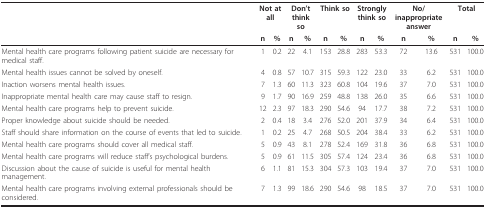
<table><thead><tr><td></td><td colspan="2"><b>Not at all</b></td><td colspan="2"><b>Don&#x27;t think so</b></td><td colspan="2"><b>Think so</b></td><td colspan="2"><b>Strongly think so</b></td><td colspan="2"><b>No/inappropriate answer</b></td><td colspan="2"><b>Total</b></td></tr><tr><td></td><td><b>n</b></td><td><b>%</b></td><td><b>n</b></td><td><b>%</b></td><td><b>n</b></td><td><b>%</b></td><td><b>n</b></td><td><b>%</b></td><td><b>n</b></td><td><b>%</b></td><td><b>n</b></td><td><b>%</b></td></tr></thead><tbody><tr><td>Mental health care programs following patient suicide are necessary for medical staff.</td><td>1</td><td>0.2</td><td>22</td><td>4.1</td><td>153</td><td>28.8</td><td>283</td><td>53.3</td><td>72</td><td>13.6</td><td>531</td><td>100.0</td></tr><tr><td>Mental health issues cannot be solved by oneself.</td><td>4</td><td>0.8</td><td>57</td><td>10.7</td><td>315</td><td>59.3</td><td>122</td><td>23.0</td><td>33</td><td>6.2</td><td>531</td><td>100.0</td></tr><tr><td>Inaction worsens mental health issues.</td><td>7</td><td>1.3</td><td>60</td><td>11.3</td><td>323</td><td>60.8</td><td>104</td><td>19.6</td><td>37</td><td>7.0</td><td>531</td><td>100.0</td></tr><tr><td>Inappropriate mental health care may cause staff to resign.</td><td>9</td><td>1.7</td><td>90</td><td>16.9</td><td>259</td><td>48.8</td><td>138</td><td>26.0</td><td>35</td><td>6.6</td><td>531</td><td>100.0</td></tr><tr><td>Mental health care programs help to prevent suicide.</td><td>12</td><td>2.3</td><td>97</td><td>18.3</td><td>290</td><td>54.6</td><td>94</td><td>17.7</td><td>38</td><td>7.2</td><td>531</td><td>100.0</td></tr><tr><td>Proper knowledge about suicide should be needed.</td><td>2</td><td>0.4</td><td>18</td><td>3.4</td><td>276</td><td>52.0</td><td>201</td><td>37.9</td><td>34</td><td>6.4</td><td>531</td><td>100.0</td></tr><tr><td>Staff should share information on the course of events that led to suicide.</td><td>1</td><td>0.2</td><td>25</td><td>4.7</td><td>268</td><td>50.5</td><td>204</td><td>38.4</td><td>33</td><td>6.2</td><td>531</td><td>100.0</td></tr><tr><td>Mental health care programs should cover all medical staff.</td><td>5</td><td>0.9</td><td>43</td><td>8.1</td><td>278</td><td>52.4</td><td>169</td><td>31.8</td><td>36</td><td>6.8</td><td>531</td><td>100.0</td></tr><tr><td>Mental health care programs will reduce staff&#x27;s psychological burdens.</td><td>5</td><td>0.9</td><td>61</td><td>11.5</td><td>305</td><td>57.4</td><td>124</td><td>23.4</td><td>36</td><td>6.8</td><td>531</td><td>100.0</td></tr><tr><td>Discussion about the cause of suicide is useful for mental health management.</td><td>6</td><td>1.1</td><td>81</td><td>15.3</td><td>304</td><td>57.3</td><td>103</td><td>19.4</td><td>37</td><td>7.0</td><td>531</td><td>100.0</td></tr><tr><td>Mental health care programs involving external professionals should be considered.</td><td>7</td><td>1.3</td><td>99</td><td>18.6</td><td>290</td><td>54.6</td><td>98</td><td>18.5</td><td>37</td><td>7.0</td><td>531</td><td>100.0</td></tr></tbody></table>